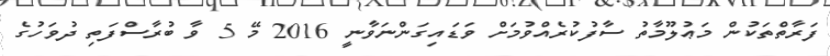
ފަރާތްތަކުން މަޢުލޫމާތު ސާފުކުރެއްވުމަށް ވަޑައިގަންނަވާނީ 2016 މޭ 5 ވާ ބުރާސްފަތި ދުވަހުގެ